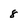
Character: 8